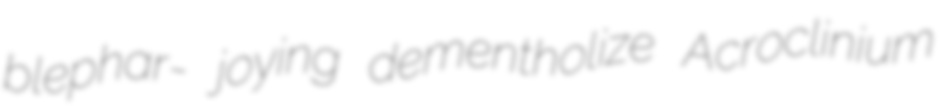
blephar- joying dementholize Acroclinium